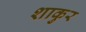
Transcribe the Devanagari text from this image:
शाकुर